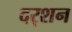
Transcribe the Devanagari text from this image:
दर्‍शन